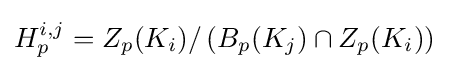
H_{p}^{i,j}=Z_{p}(K_{i})/\left(B_{p}(K_{j})\cap Z_{p}(K_{i})\right)